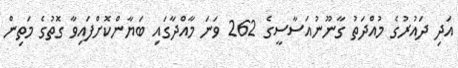
އަދި ދައުރުގެ މުއްދަތު ގާނޫނުއަސާސީގެ 262 ވަނަ މާއްދާގައި ބަޔާންކޮށްފައިވާ ގޮތުގެ މަތިން